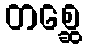
တစ္ဆေ